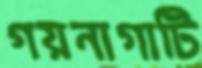
গয়নাগাটি